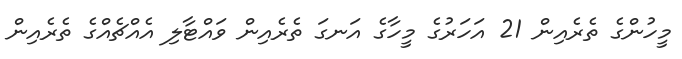
މީހުންގެ ތެރެއިން 21 އަހަރުގެ މީހާގެ އަނގަ ތެރެއިން ވައްޓާލި އެއްޗެއްގެ ތެރެއިން